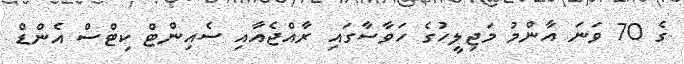
ގެ 70 ވަނަ އާންމު މަޖިލީހުގެ ހަވާސާގައި ރާއްޖެއާއި ސެއިންޓް ކިޓްސް އެންޑް